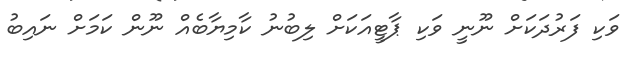
ވަކި ފަރުދަކަށް ނޫނީ ވަކި ޕާޓީއަކަށް ލިބުނު ކާމިޔާބެއް ނޫން ކަމަށް ނައިބު